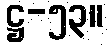
ဋ္ဌ-၅၃။